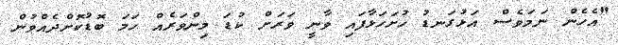
"އެހެން ނަމަވެސް އަޅުގަނޑު ހުށަހަޅާފައި ވާނީ ވަރަށް ކުޑަ މިންވަރެއް ހަމަ ބޮޑުކޮށްދެއްވުން